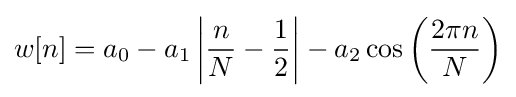
w[n]=a_{0}-a_{1}\left|{\frac {n}{N}}-{\frac {1}{2}}\right|-a_{2}\cos \left({\frac {2\pi n}{N}}\right)